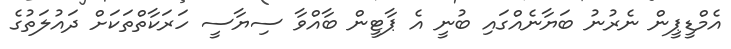
އެމްޑީޕީން ނެރުނު ބަޔާނެއްގައި ބުނީ އެ ޕާޓީން ބާއްވާ ސިޔާސީ ހަރަކާތްތަކަށް ދައުލަތުގެ